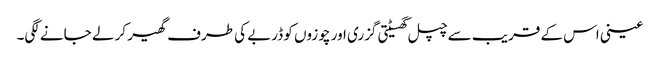
عینی اس کے قریب سے چپل گھسیٹتی گزری اور چوزوں کو ڈربے کی طرف گھیر کر لے جانے لگی۔